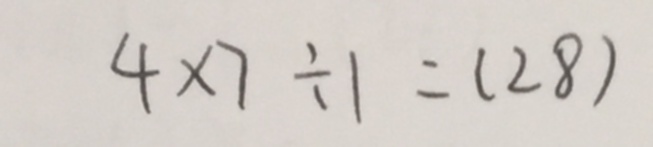
4 \times 7 \div 1 = ( 2 8 )